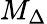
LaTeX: M_{\Delta}